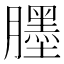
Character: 𦢓